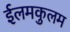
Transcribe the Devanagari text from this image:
ईलमकुलम